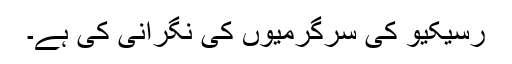
رسیکیو کی سرگرمیوں کی نگرانی کی ہے۔